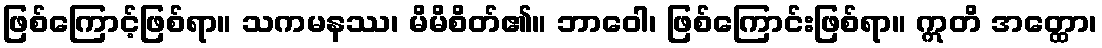
ဖြစ်ကြောင့်ဖြစ်ရာ။ သကမနဿ၊ မိမိစိတ်၏။ ဘာဝေါ၊ ဖြစ်ကြောင်းဖြစ်ရာ။ ဣတိ အတ္ထော၊